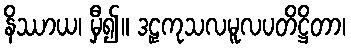
နိဿာယ၊ မှီ၍။ ဒဠှကုသလမူလပတိဋ္ဌိတာ၊